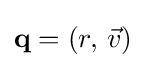
\mathbf {q} =(r,\,{\vec {v}})